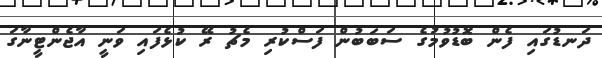
ދަނޑުގައި ފެން ބޮޑުވުމުގެ ސަބަބުން ފަސްކުރި މެޗު ރޭ ކުޅެފައި ވަނީ އާޖެންޓީނާގަ